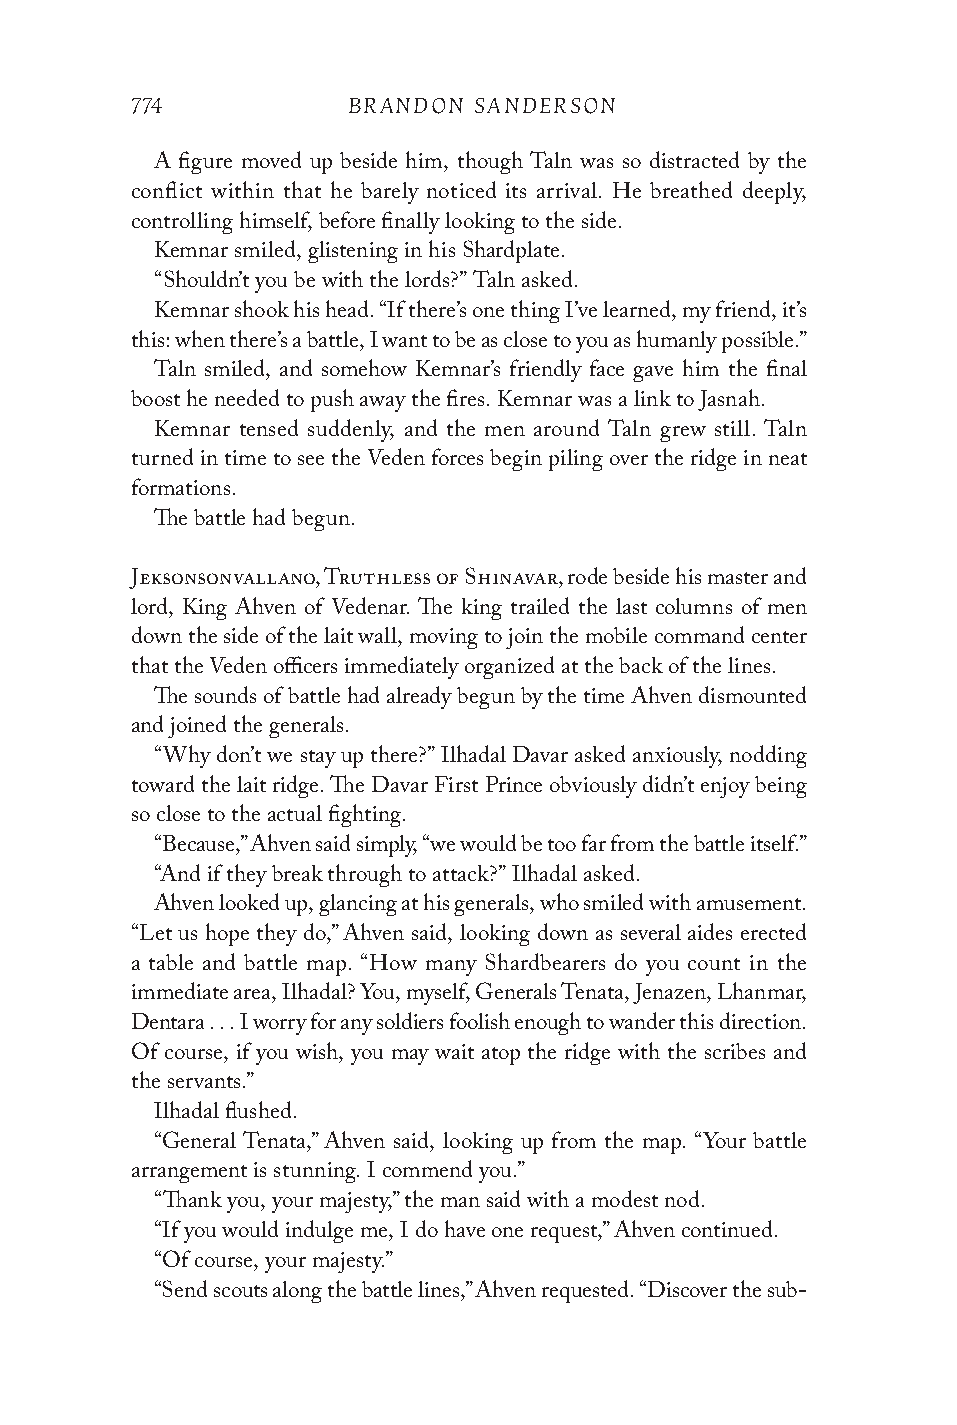
774           BRANDON SANDERSON
 A figure moved up beside him, though Taln was so distracted by the
 conflict within that he barely noticed its arrival. He breathed deeply,
 controlling himself, before finally looking to the side.
 Kemnar smiled, glistening in his Shardplate.
 “Shouldn’t you be with the lords?” Taln asked.
 Kemnar shook his head. “If there’s one thing I’ve learned, my friend, it’s
 this: when there’s a battle, I want to be as close to you as humanly possible.”
 Taln smiled, and somehow Kemnar’s friendly face gave him the final
 boost he needed to push away the fires. Kemnar was a link to Jasnah.
 Kemnar tensed suddenly, and the men around Taln grew still. Taln
 turned in time to see the Veden forces begin piling over the ridge in neat
 formations.
 The battle had begun.
 Jeksonsonvallano, Truthless of Shinavar, rode beside his master and
 lord, King Ahven of Vedenar. The king trailed the last columns of men
 down the side of the lait wall, moving to join the mobile command center
 that the Veden officers immediately organized at the back of the lines.
 The sounds of battle had already begun by the time Ahven dismounted
 and joined the generals.
 “Why don’t we stay up there?” Ilhadal Davar asked anxiously, nodding
 toward the lait ridge. The Davar First Prince obviously didn’t enjoy being
 so close to the actual fighting.
 “Because,” Ahven said simply, “we would be too far from the battle itself.”
 “And if they break through to attack?” Ilhadal asked.
 Ahven looked up, glancing at his generals, who smiled with amusement.
 “Let us hope they do,” Ahven said, looking down as several aides erected
 a table and battle map. “How many Shardbearers do you count in the
 immediate area, Ilhadal? You, myself, Generals Tenata, Jenazen, Lhanmar,
 Dentara . . . I worry for any soldiers foolish enough to wander this direction.
 Of course, if you wish, you may wait atop the ridge with the scribes and
 the servants.”
 Ilhadal flushed.
 “General Tenata,” Ahven said, looking up from the map. “Your battle
 arrangement is stunning. I commend you.”
 “Thank you, your majesty,” the man said with a modest nod.
 “If you would indulge me, I do have one request,” Ahven continued.
 “Of course, your majesty.”
 “Send scouts along the battle lines,” Ahven requested. “Discover the sub-